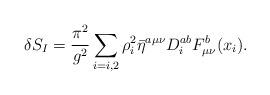
LaTeX: \begin{align*}\delta S_I=\frac{\pi^2}{g^2}\sum_{i=i,2}\rho_i^2\bar \eta^{a\mu\nu}D^{ab}_i F^b_{\mu\nu}(x_i).\end{align*}